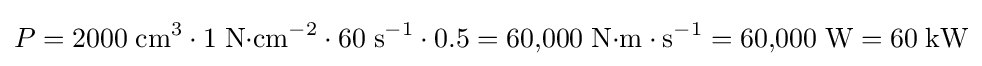
P={2000\;{\text{cm}}^{3}\cdot 1\;{\text{N}}{\cdot }{\text{cm}}^{-2}\cdot 60\;{\text{s}}^{-1}\cdot 0.5}=60{,}000\;{\text{N}}{\cdot }{\text{m}}\cdot {\text{s}}^{-1}=60{,}000\;{\text{W}}=60\;{\text{kW}}